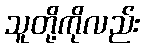
သူတို့ကိုလည်း